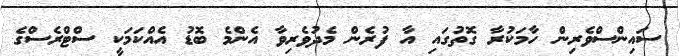
ސައިންސްވެރިން ހާމަކުރާ ގޮތުގައި އާ ފުރެން މެދުވެރިވާ އެންމެ ބޮޑު އެއްކަމަކީ ސްޓްރެސްގެ